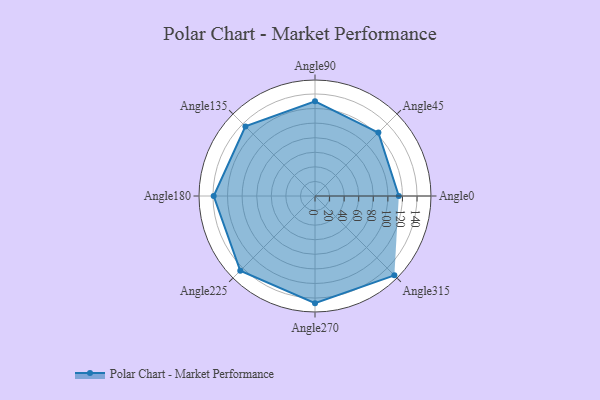
{"axis": {"x": "Angle", "y": "Radius"}, "legend": [""], "data": [{"x": "Angle0", "y": 115.0, "type": ""}, {"x": "Angle45", "y": 123.0, "type": ""}, {"x": "Angle90", "y": 130.0, "type": ""}, {"x": "Angle135", "y": 135.0, "type": ""}, {"x": "Angle180", "y": 139.0, "type": ""}, {"x": "Angle225", "y": 145.0, "type": ""}, {"x": "Angle270", "y": 147.0, "type": ""}, {"x": "Angle315", "y": 154.0, "type": ""}]}